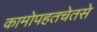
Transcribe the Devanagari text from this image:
कामोपहतचेतसे